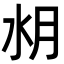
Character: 𣍤